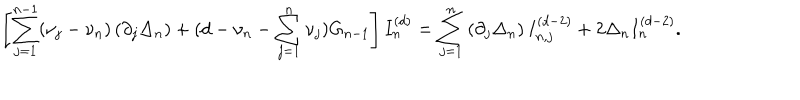
\left[ \sum _ { j = 1 } ^ { n - 1 } ( \nu _ { j } - \nu _ { n } ) \left( \partial _ { j } \Delta _ { n } \right) + ( d - \nu _ { n } - \sum _ { j = 1 } ^ { n } \nu _ { j } ) G _ { n - 1 } \right] I _ { n } ^ { ( d ) } = \sum _ { j = 1 } ^ { n } \left( \partial _ { j } \Delta _ { n } \right) I _ { n , j } ^ { ( d - 2 ) } + 2 \Delta _ { n } I _ { n } ^ { ( d - 2 ) } .